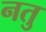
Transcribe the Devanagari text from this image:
नतु